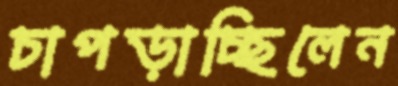
চাপড়াচ্ছিলেন